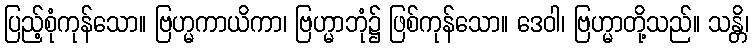
ပြည့်စုံကုန်သော။ ဗြဟ္မကာယိကာ၊ ဗြဟ္မာဘုံ၌ ဖြစ်ကုန်သော။ ဒေဝါ၊ ဗြဟ္မာတို့သည်။ သန္တိ၊